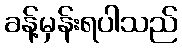
ခန့်မှန်းရပါသည်